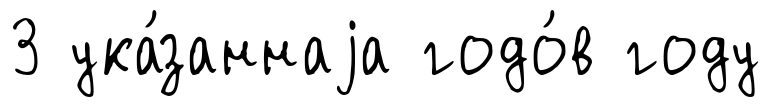
3 ука́заннаjа годо́в году